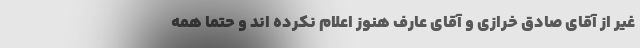
غیر از آقای صادق خرازی و آقای عارف هنوز اعلام نکرده اند و حتما همه